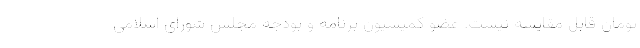
تومان قابل مقایسه نیست. عضو کمیسیون برنامه و بودجه مجلس شورای اسلامی